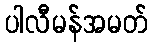
ပါလီမန်အမတ်